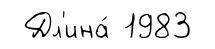
Дл'ина́ 1983